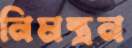
নিমন্ত্রন